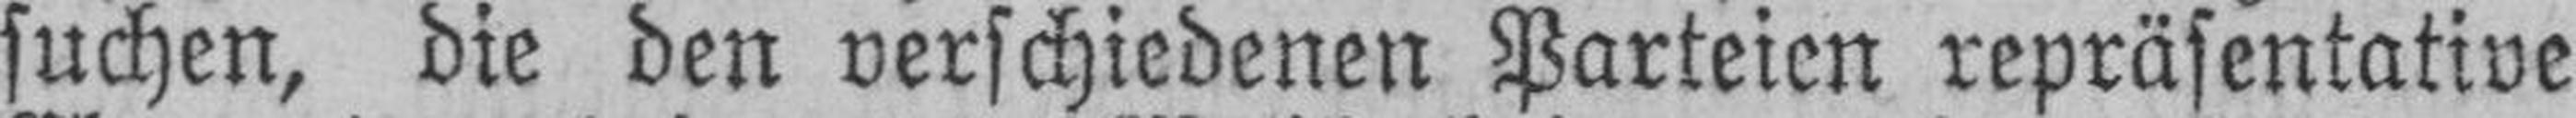
suchen, die den verschiedenen Parteien repräsentative